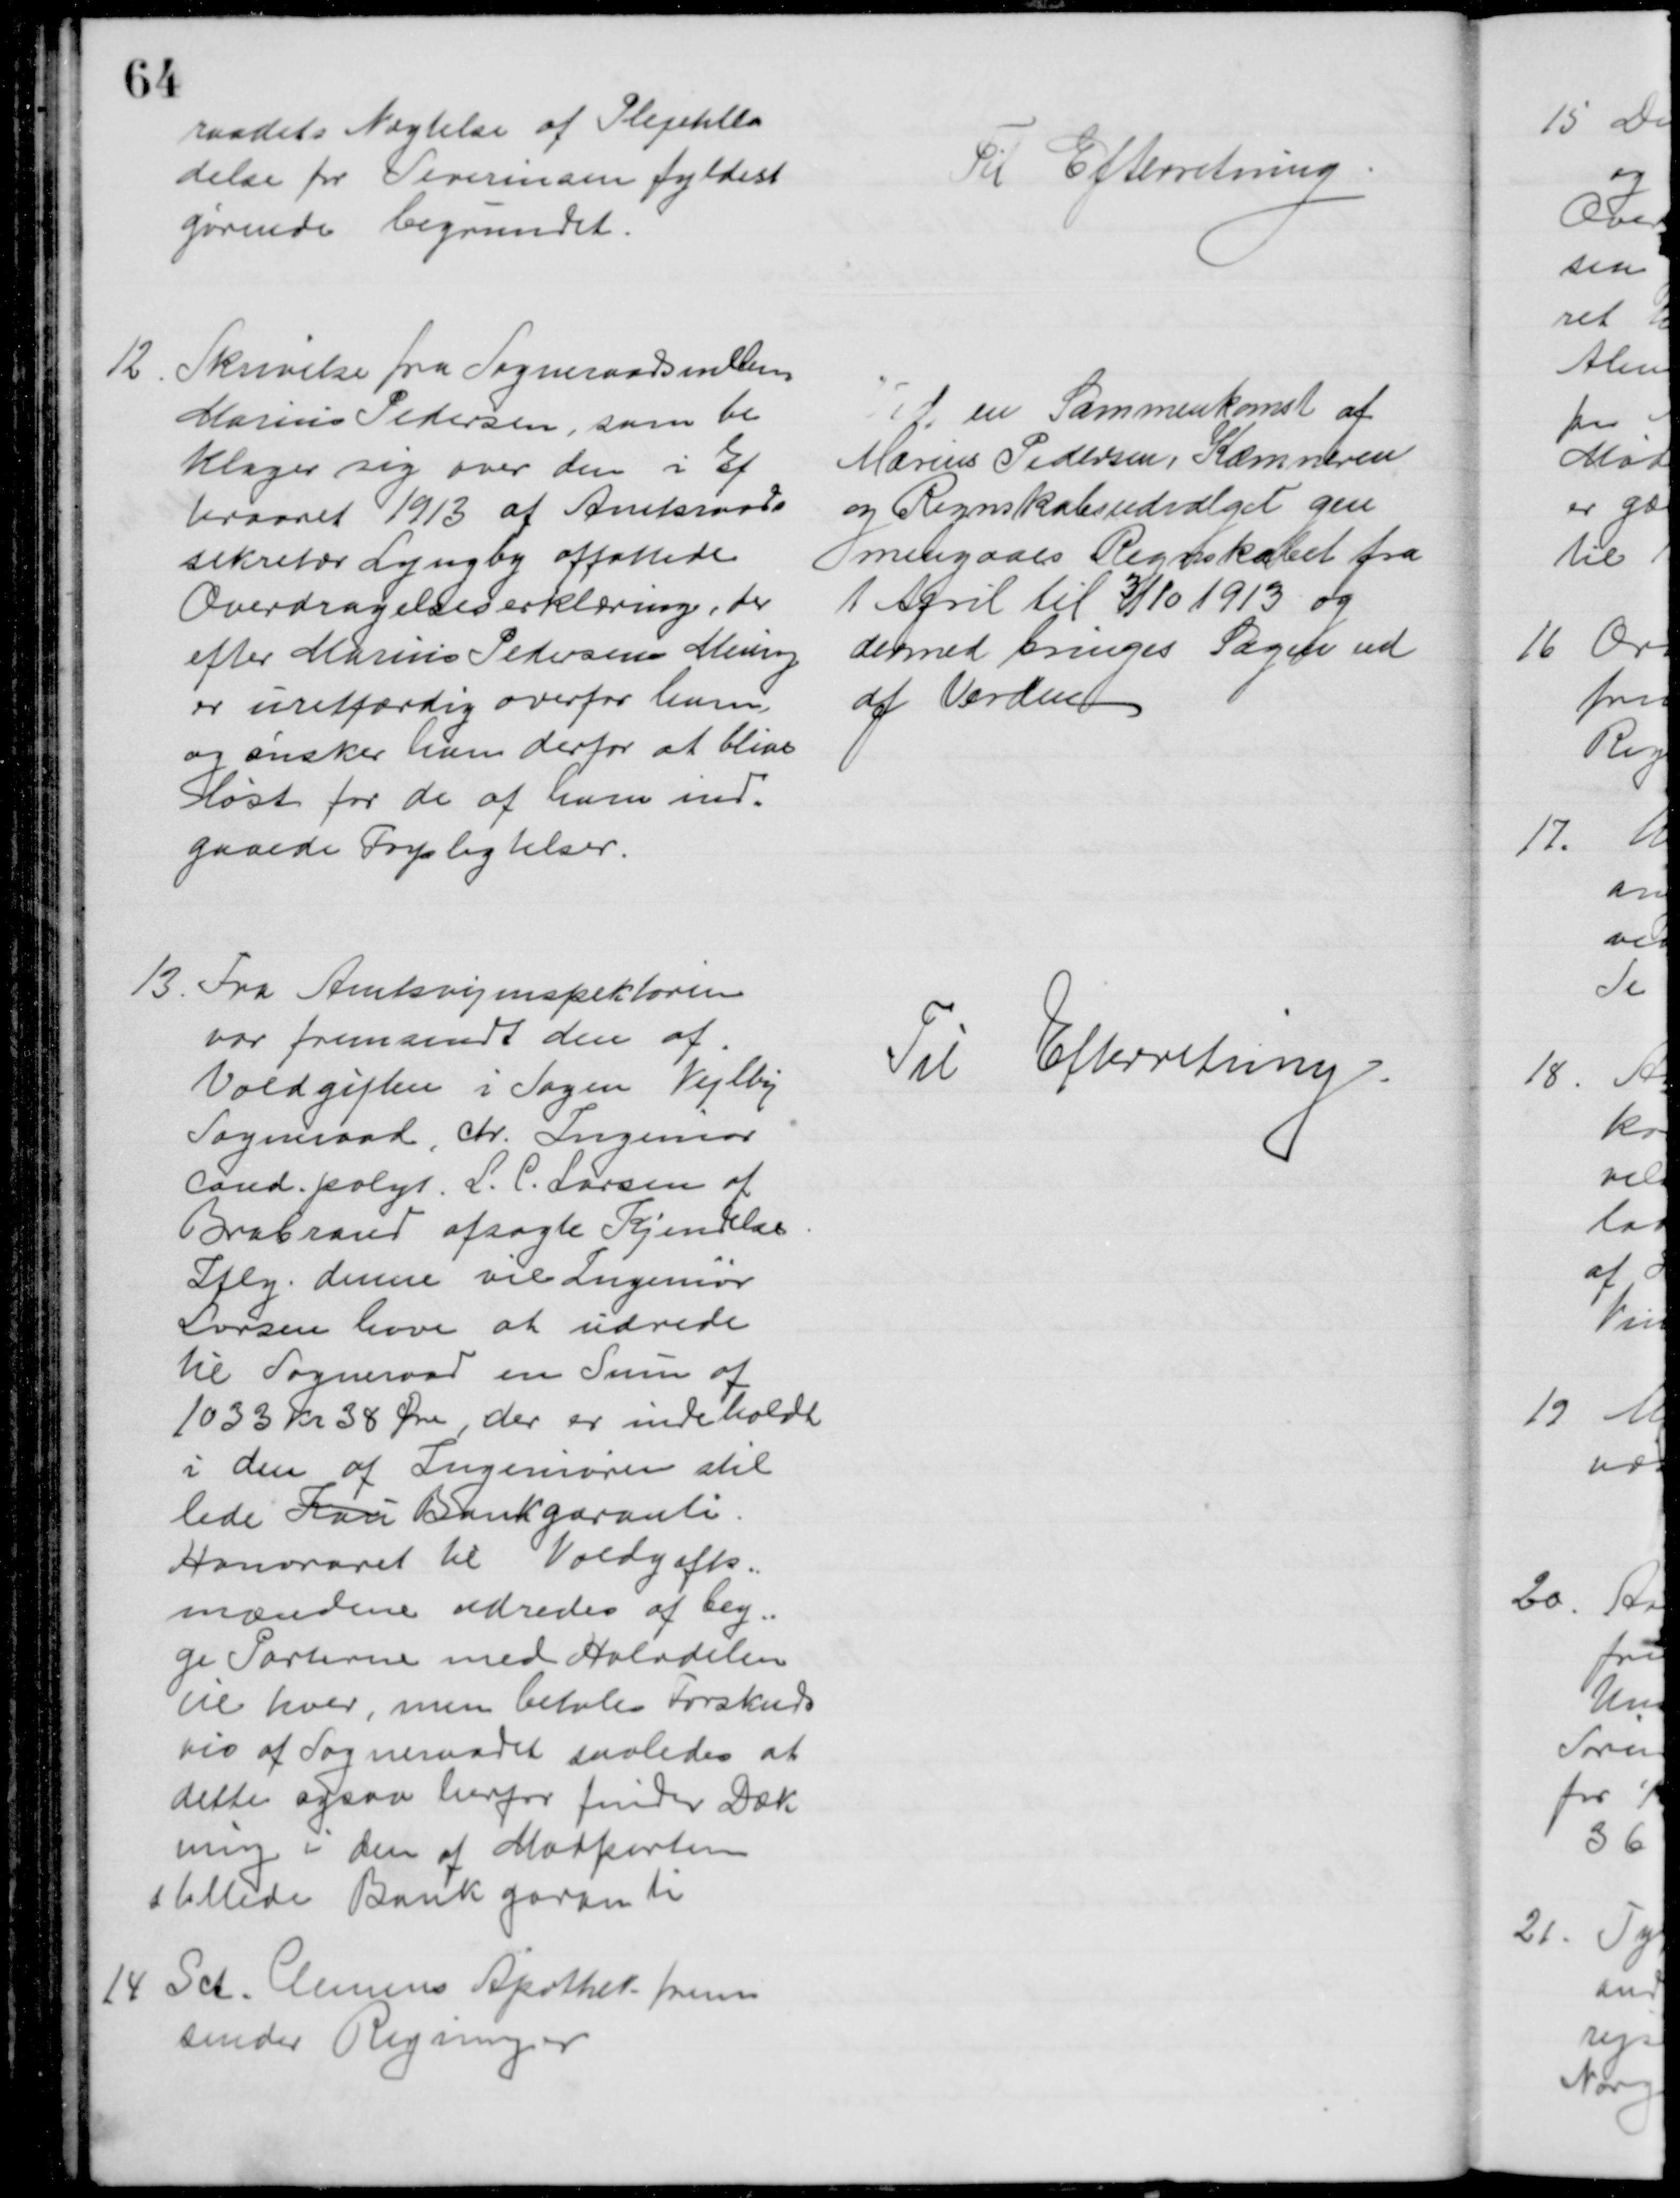
Transskription:
raadets Nægtelse af Plejetilla
delse for Severinsen fyldest
gørende begrundet.
Til Efterretning
12
Skrivelse fra Sogneraadsmedlem
Marius Pedersen, som be
klager sig over den i Ef
teraaret 1913 af Amtsraads
sekretær Lyngby affattede
Overdragelseserklæring, der
efter Marius Pedersens Mening
er uretfærdig overfor ham, 
og ønsker han derfor at blive
løst for de af ham ind=
gaaede Forpligtelser.
Ved en Sammenkomst af
Marius Pedersen, Kæmneren
og Regnskabsudvalget gen
mengaaes Regnskabet fra
1 April til 3/10 1913 og
dermed bringes Sagen ud
af Verden
13 Fra Amtsvejinspektøren
var fremsendt den af
Voldgiften i Sagen Vejlby
Sogneraad, ctr. Ingeniør
cand.polyt. L. C. Larsen af
Brabrand afsagte Kjendelse
Iflg. denne vil Ingeniør
Larsen have at udrede
til Sogneraad en Sum af
1033 kr 38 Øre, der er indeholdt
i den af Ingeniøren stil
lede Kau Bankgaranti.
Honoraret til Voldgifts=
mændene udredes af beg=
ge Parterne med Halvdelen
til hver, men betales Forskuds
vis af Sogneraadet saaledes at
dette ogsaa herfor finder Dæk
ning i den af Modparten
stillede Bankgaranti
14 Sct. Clemens Apothek frem
sender Regninger
Til Efterretning